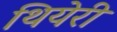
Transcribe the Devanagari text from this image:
थियेरी